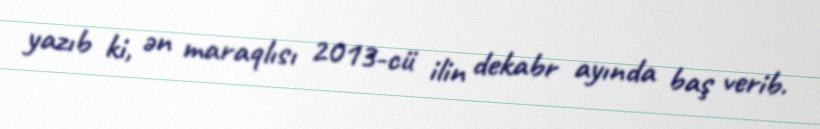
yazıb ki, ən maraqlısı 2013-cü ilin dekabr ayında baş verib.